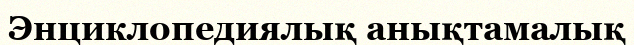
Энциклопедиялық анықтамалық